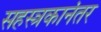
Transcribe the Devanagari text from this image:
सहस्त्रकानंतर